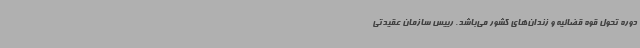
دوره تحول قوه قضائیه و زندان‌های کشور می‌باشد. رییس سازمان عقیدتی